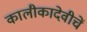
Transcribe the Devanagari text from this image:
कालीकादेवीचें